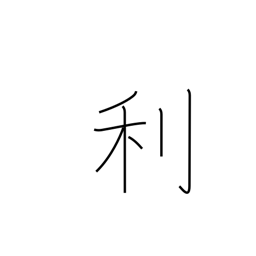
Meaning: advantage